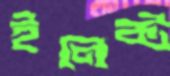
ইলেক্ট